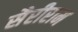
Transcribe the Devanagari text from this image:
सैरीराम